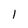
Character: l